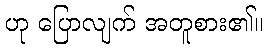
ဟု ပြောလျက် အတူစား၏။